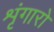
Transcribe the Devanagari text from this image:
शृंगारो